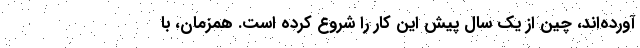
آورده‌اند، چین از یک سال پیش این کار را شروع کرده است. همزمان، با